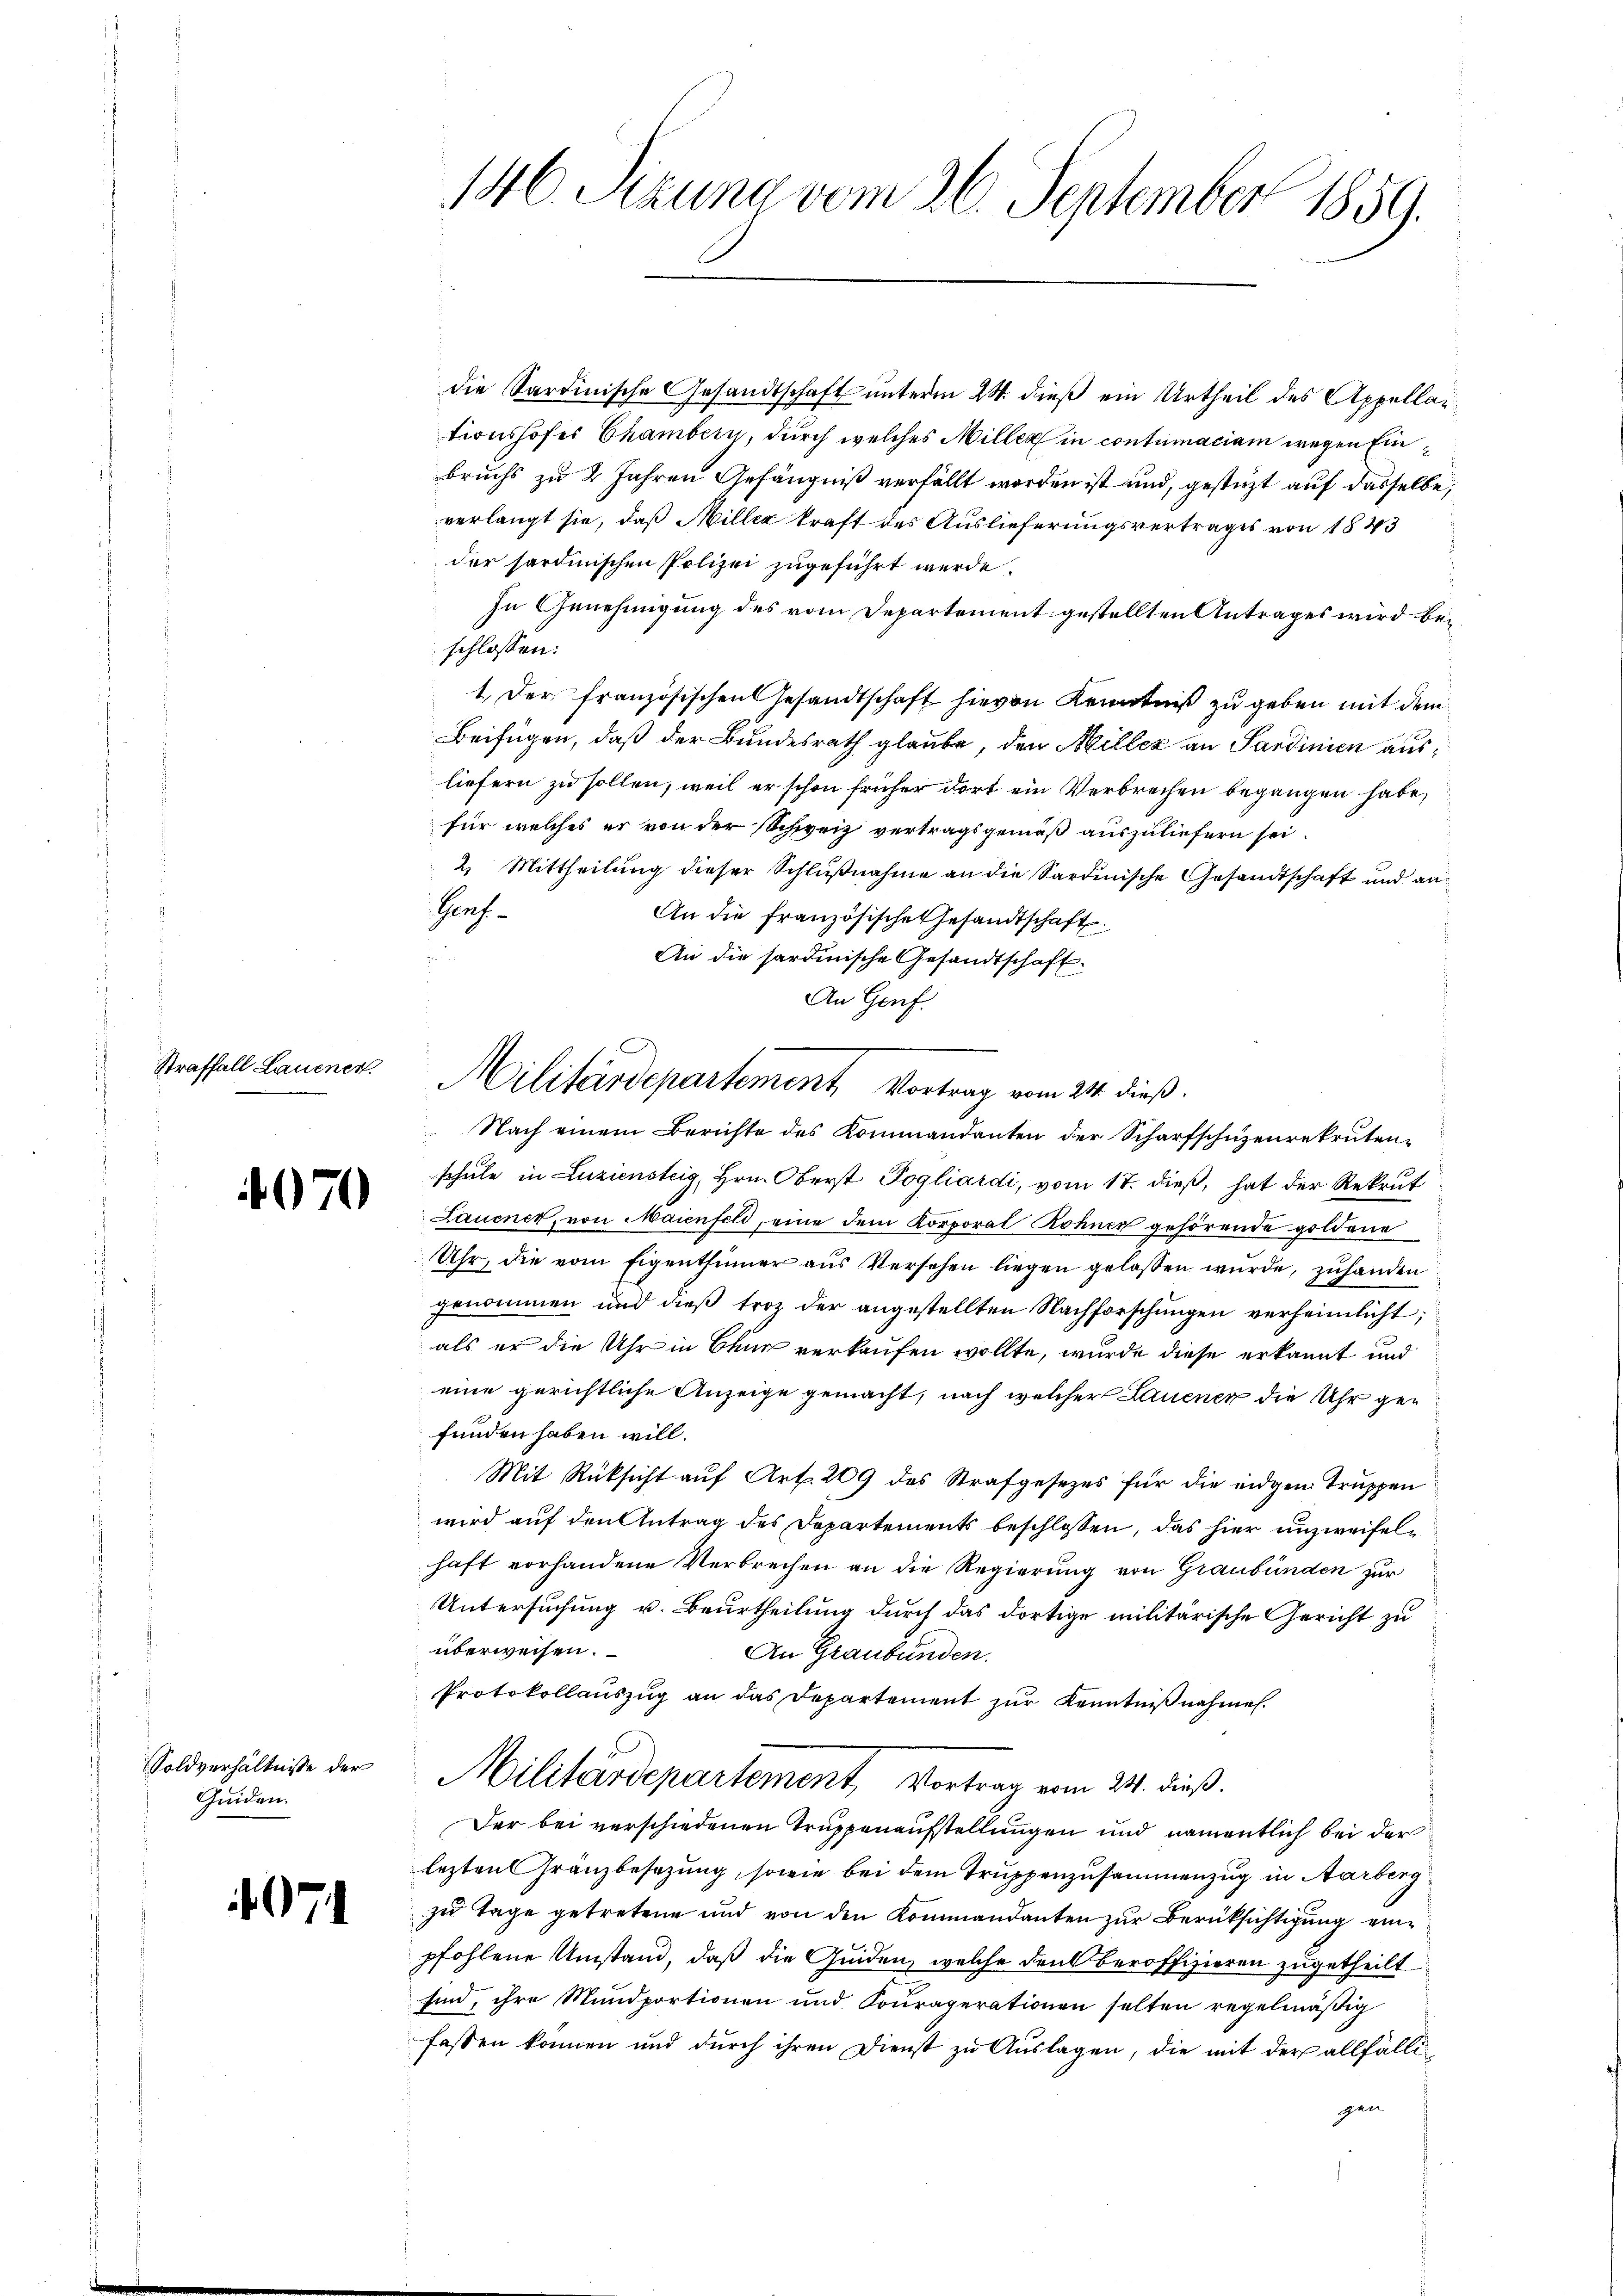
Straffall Lauenen.

4070

Soldverhältnisse der
Quiden.

471

146. Sizung vom 26. September 1859.

die Sardinische Gesandtschaft unterm 24. dieß ein Urtheil des Appellantionshofes Chambern, durch welches Miller in contumaciam wegen Einbruchs zu 2 Jahren Gefängniß verfällt worden ist und, gestüzt auf dasselbe,
verlangt sie, daß Miller kraft des Auslieferungsvertrages von 1843
der sardinischen Polizei zugeführt werde.
In Genehmigung des vom Departement gestellten Antrages wird beschlossen:
1. Der französischen Gesandtschaft hievon Kenntniß zu geben mit dem
Beifügen, daß der Bundesrath glaube, den Miller an Sardinien ausliefern zu sollen, weil er schon früher dort ein Verbrechen begangen habe,
für welches er von der Schweiz vertragsgemäß auszuliefern sei.
2. Mittheilung dieser Schlŭβnahme an die Sardinische Gesandtschaft und an
Hauf
An die französische Gesandtschaft.
.
An die sardinische Gesandtschaft
An Genf.
Nach einem Berichte des Kommandanten der Scharfschüzenrekruten-
schule in Luziensteig, Hrn. Oberst Pogliardi, vom 17. dieß, hat der Rekrut
Lauener, von Maienfeld, eine dem Korporal Rohner gehörende goldene
Uhr, die vom Eigenthümer aus Versehen liegen gelassen wurde, zuhanden
genommen und dieß troz der angestellten Nachforschungen verheimlicht,
als er die Uhr in Chur verkaufen wollte, wurde diese erkannt und
eine gerichtliche Anzeige gemacht, nach welcher Lauenen die Uhr gefunden haben will.
Mit Rücksicht auf Art. 209 des Strafgesezes für die eidgen. Truppen
wird auf den Antrag des Departements beschlossen, das hier unzweifelhaft vorhandene Verbrechen an die Regierung von Graubünden zur
Untersuchung u. Beurtheilung durch das dortige militärische Gericht zu
überweisen.
An Graubünden.
Protokollauszug an das Departement zur Kenntnißnahmen.
Militärdepartement, Vortrag vom 24. dieß.
Der bei verschiedenen Truppenaufstellungen und namentlich bei der
lezten Franzbesezung, sowie bei dem Truppenzusammenzug in Aarberg
zu Tage getretene und von den Kommandanten zur Berüksichtigung einpfohlene Umstand, daß die Quiden, welche den Beroffizieren zugetheilt
sind, ihre Mundportionen und Souraperationen selten regelmäßig
fassen können und durch ihren Dienst zu Auslagen, die mit der allfälligen

Militärdepartement Vortrag vom 24. dieß.